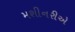
મશીનરીએ